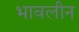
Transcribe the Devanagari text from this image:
भावलीन